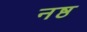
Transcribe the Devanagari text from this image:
नष्ठ